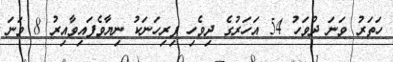
ހަތަރު ވަނަ ދުވަހު 54 އަހަރުގެ ދިވެހި ފިރިހަނަކު ނިޔާވެފައިވާއިރު 8 ވަނަ